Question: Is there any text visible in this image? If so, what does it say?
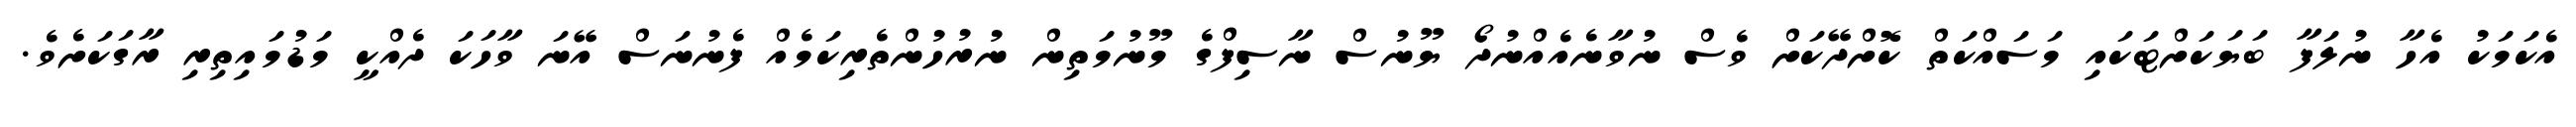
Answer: އެކަމަކު އެހާ ނުލަފާ ބަޔަކަށްޓަކައި މަސައްކަތް ކޮށްދޭކަށް ވެސް ނުވާނެއެއްނުދޯ ޔޫނުސް ނާސިފްގެ މޫނުމަތިން ނުރުހުންތެރިކަމެއް ފެނުނަސް އޭނަ ވާހަކަ ދެއްކީ މަޑުމައިތިރި ރާގަކަށެވެ.